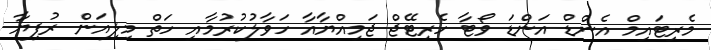
މެރިޓައިމް އެންޑް އަންޑަ ވޯޓާ ހެރިޓޭޖް ޖަމިއްޔާއާ ހަވާލުކުރުމާއި ހަތް މިލިއަން ރުފިޔާ